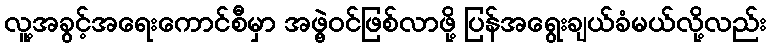
လူ့အခွင့်အရေးကောင်စီမှာ အဖွဲ့ဝင်ဖြစ်လာဖို့ ပြန်အရွေးချယ်ခံမယ်လို့လည်း